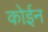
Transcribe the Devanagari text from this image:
कोईन